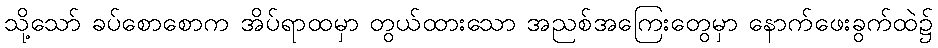
သို့သော် ခပ်စောစောက အိပ်ရာထမှာ တွယ်ထားသော အညစ်အကြေးတွေမှာ နောက်ဖေးခွက်ထဲ၌